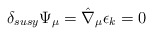
\begin{align*}\delta_{susy} \Psi_{\mu} = \hat \nabla _{\mu} \epsilon_k = 0\end{align*}